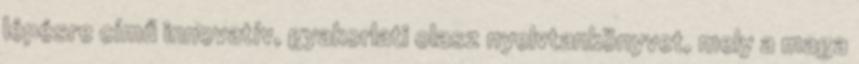
lépésre című innovatív, gyakorlati olasz nyelvtankönyvet, mely a maga